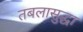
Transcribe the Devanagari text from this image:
तबलासुद्धा